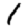
Digit: 1